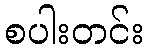
စပါးတင်း